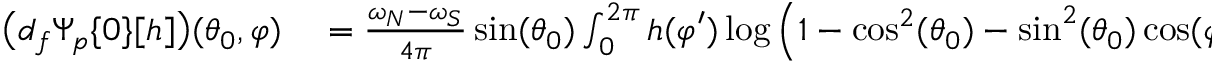
\begin{array} { r l } { \big ( d _ { f } \Psi _ { p } \{ 0 \} [ h ] \big ) ( \theta _ { 0 } , \varphi ) } & { { } = \frac { \omega _ { N } - \omega _ { S } } { 4 \pi } \sin ( \theta _ { 0 } ) \int _ { 0 } ^ { 2 \pi } h ( \varphi ^ { \prime } ) \log \Big ( 1 - \cos ^ { 2 } ( \theta _ { 0 } ) - \sin ^ { 2 } ( \theta _ { 0 } ) \cos ( \varphi - \varphi ^ { \prime } ) \Big ) d \varphi ^ { \prime } } \end{array}